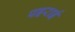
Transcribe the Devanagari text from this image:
पइराई